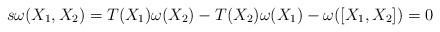
LaTeX: \begin{align*}s\omega(X_{1},X_{2}) =T(X_{1})\omega(X_{2}) -T(X_{2})\omega(X_{1}) -\omega([X_{1},X_{2}])=0\end{align*}